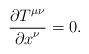
LaTeX: \begin{align*}\frac{{\partial T}^{\mu\nu}}{{\partial x}^{\nu}}=0.\end{align*}